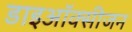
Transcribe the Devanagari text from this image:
डाइऑक्सीजन